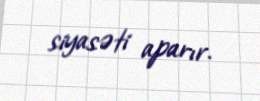
siyasəti aparır.